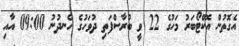
އެގޮތުން އޮކްޓޯބަރު މަހުގެ 22 ވީ ބުރާސްފަތި ދުވަހުގެ ހެނދުނު 09:00 އާއި